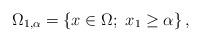
LaTeX: \begin{align*}\Omega_{1,\alpha}=\{x\in\Omega;\ x_1\ge \alpha\}\,,\end{align*}